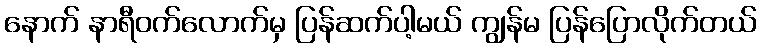
နောက် နာရီဝက်လောက်မှ ပြန်ဆက်ပါ့မယ် ကျွန်မ ပြန်ပြောလိုက်တယ်